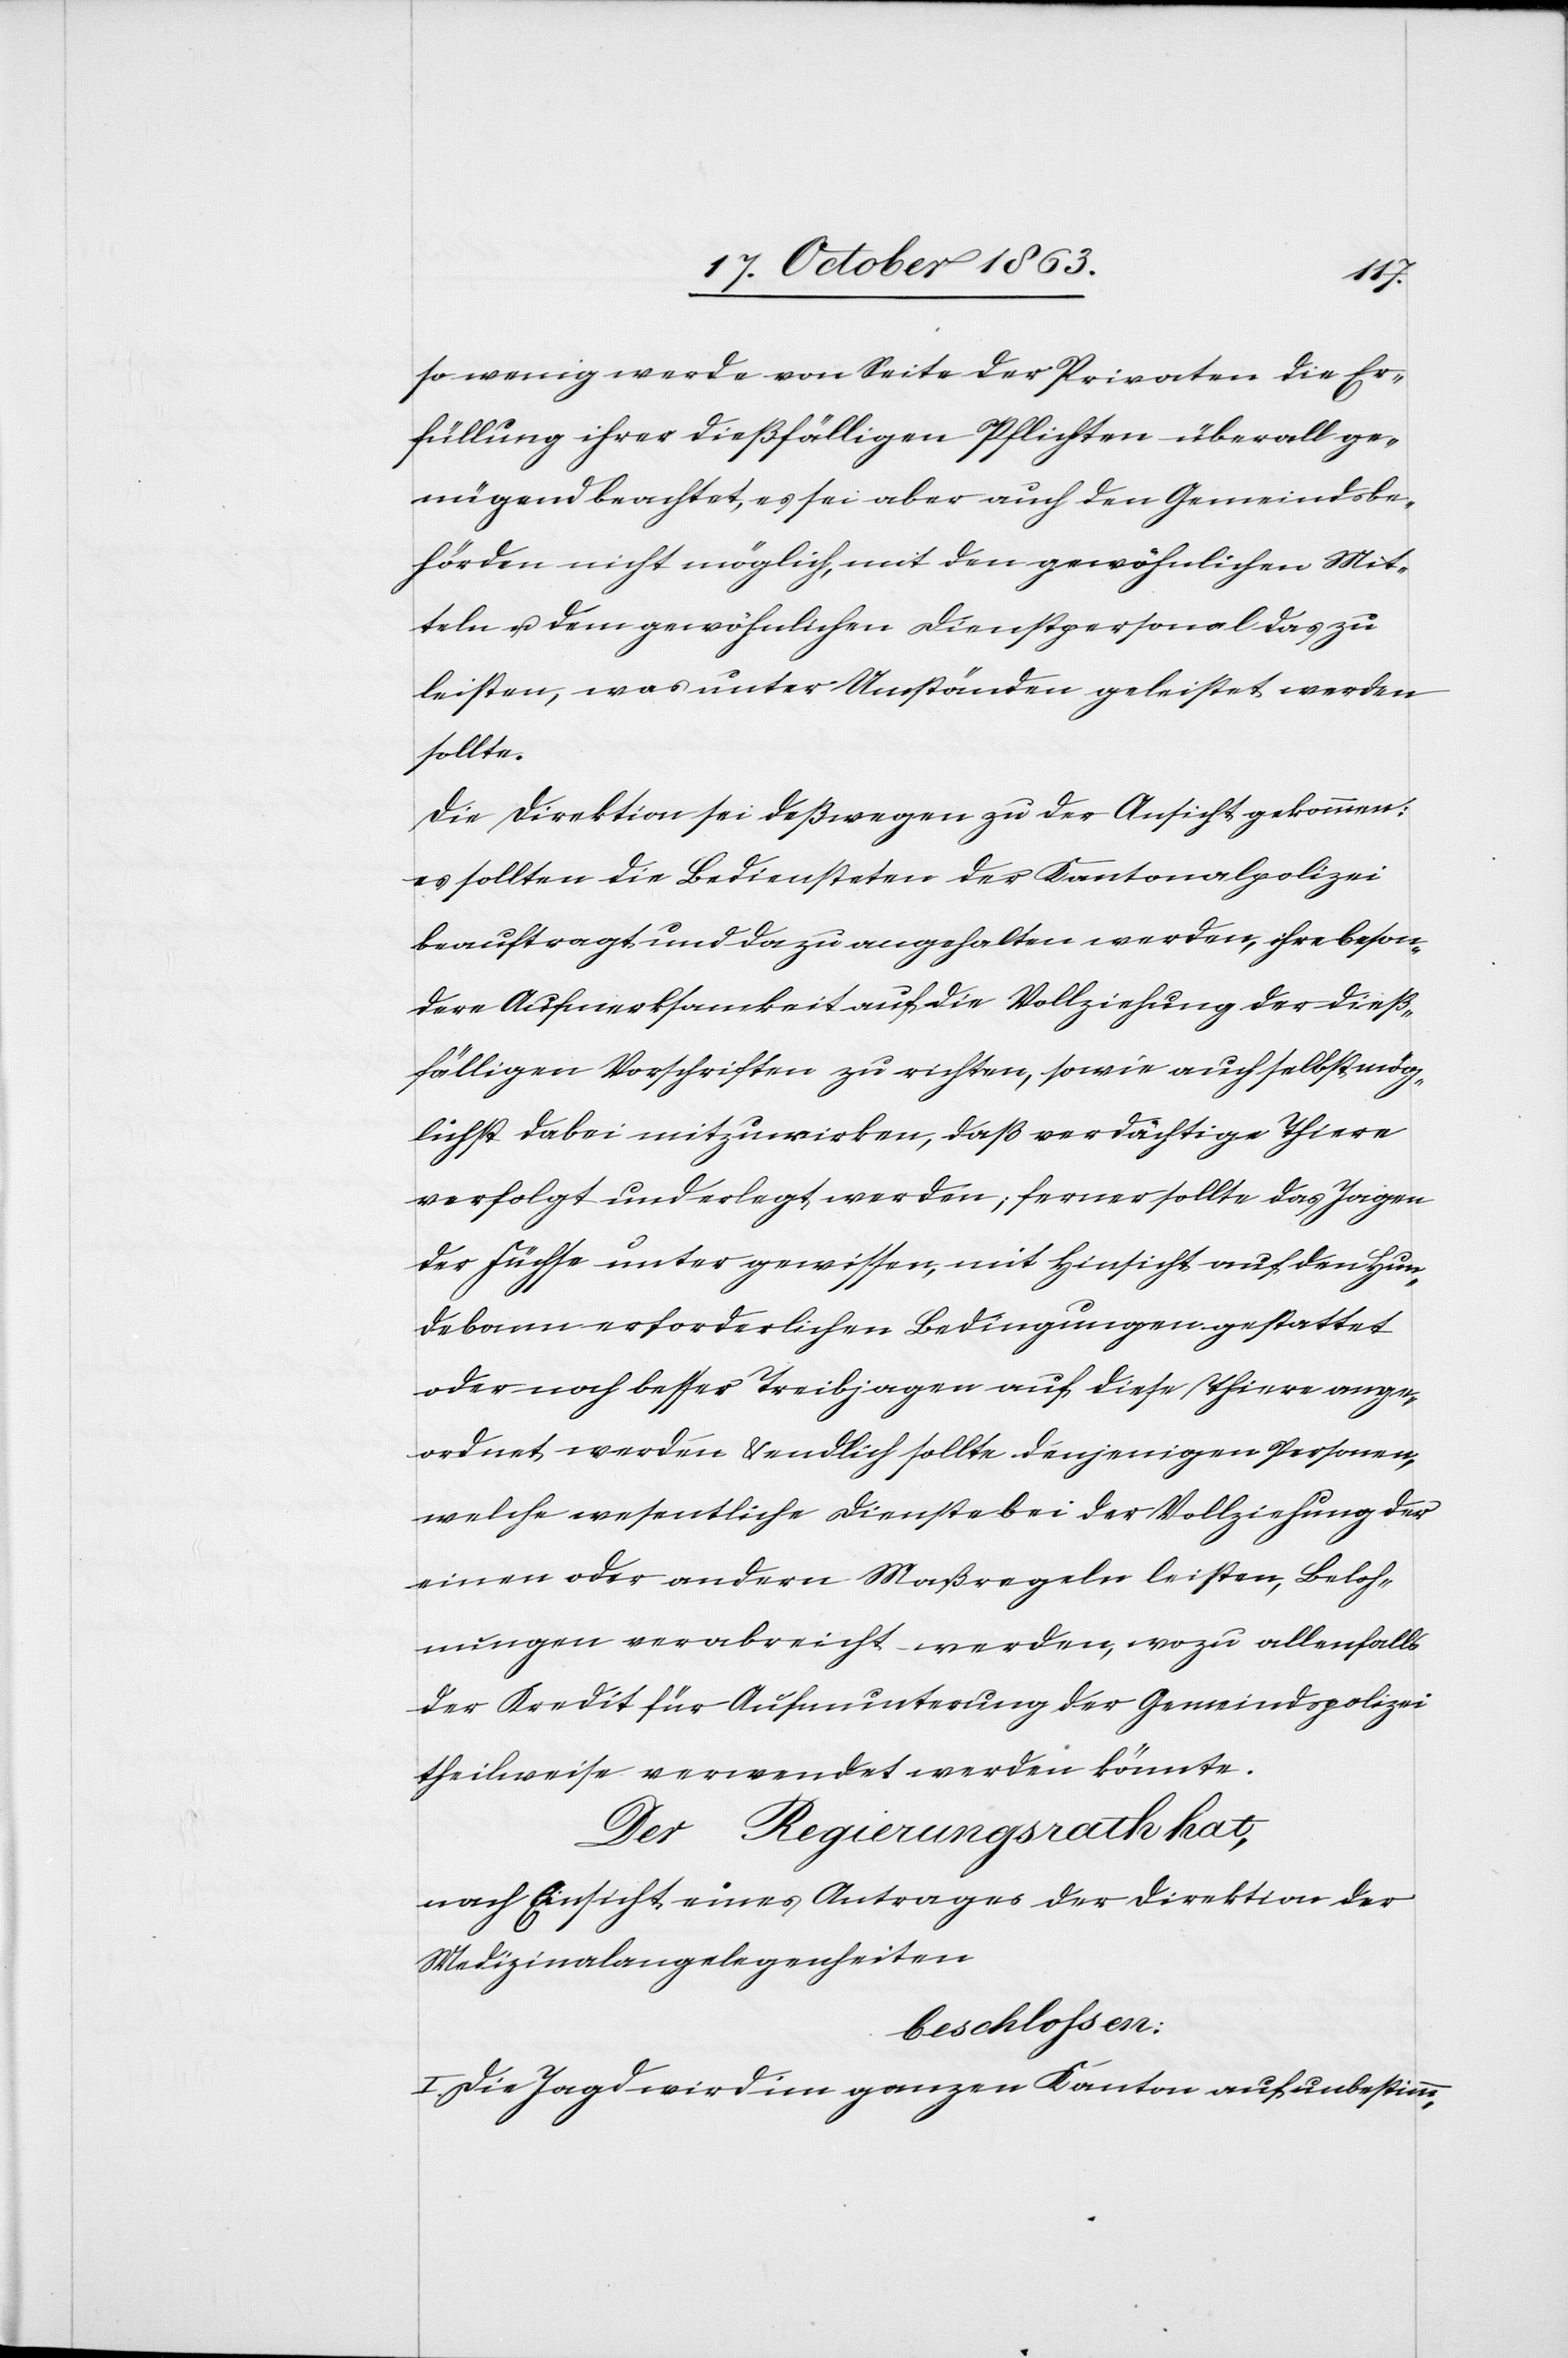
so wenig werde von Seite der Privaten die Er¬
füllung ihrer dießfälligen Pflichten überall ge¬
nügend beachtet, es sei aber auch den Gemeindsbe¬
hörden nicht möglich, mit den gewöhnlichen Mit¬
teln u. dem gewöhnlichen Dienstpersonal das zu
leisten, was unter Umständen geleistet werden
sollte.
Die Direktion sei deßwegen zu der Ansicht gekommen:
es sollten die Bediensteten der Kantonalpolizei
beauftragt und dazu angehalten werden, ihre beson¬
dere Aufmerksamkeit auf die Vollziehung der dieß¬
fälligen Vorschriften zu richten, sowie auch selbst mög¬
lichst dabei mitzuwirken, daß verdächtige Thiere
verfolgt und erlegt werden; ferner sollte das Jagen
der Füchse unter gewissen, mit Hinsicht auf den Hun¬
debann erforderlichen Bedingungen gestattet
oder noch besser Treibjagen auf diese Thiere ange¬
ordnet werden & endlich sollte denjenigen Personen,
welche wesentliche Dienste bei der Vollziehung der
einen oder andern Maßregeln leisten, Beloh¬
nungen verabreicht werden, wozu allenfalls
der Kredit für Aufmunterung der Gemeindspolizei
theilweise verwendet werden könnte.
Der Regierungsrath hat,
nach Einsicht eines Antrages der Direktion der
Medizinalangelegenheiten
beschlossen:
1.] Die Jagd wird im ganzen Kanton auf unbestimm-